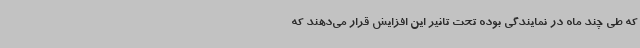
که طی چند ماه در نمایندگی بوده تحت تاثیر این افزایش قرار می‌دهند که